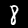
Digit: 8